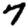
Digit: 7